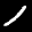
Label: 1